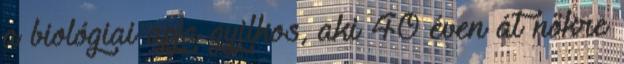
a biológiai apja gyilkos, aki 40 éven át nőkre